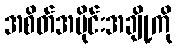
အစိတ်အပိုင်းအချို့ကို